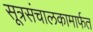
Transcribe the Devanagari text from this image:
सूत्रसंचालकामार्फत